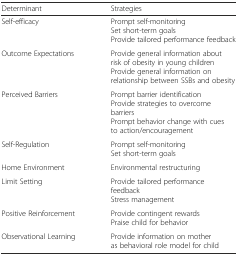
| Determinant | Strategies |
 | --- | --- |
 | Self-efficacy | Prompt self-monitoringSet short-term goalsProvide tailored performance feedback |
 | Outcome Expectations | Provide general information about risk of obesity in young childrenProvide general information on relationship between SSBs and obesity |
 | Perceived Barriers | Prompt barrier identificationProvide strategies to overcome barriersPrompt behavior change with cues to action/encouragement |
 | Self-Regulation | Prompt self-monitoringSet short-term goals |
 | Home Environment | Environmental restructuring |
 | Limit Setting | Provide tailored performance feedbackStress management |
 | Positive Reinforcement | Provide contingent rewardsPraise child for behavior |
 | Observational Learning | Provide information on mother as behavioral role model for child |